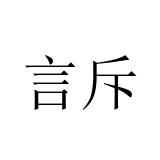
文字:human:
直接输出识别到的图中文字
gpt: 言斥